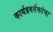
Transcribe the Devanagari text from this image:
कार्यप्रवर्तकांचा